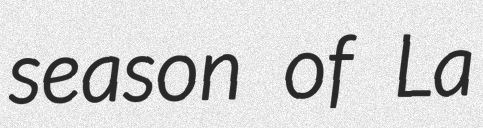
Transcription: season of La